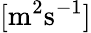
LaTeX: [\mathrm{m}^{2}\mathrm{s}^{-1}]